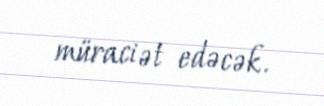
müraciət edəcək.